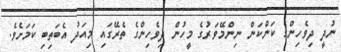
ނުދީ ދިވެހިންގެ ކަންކަން ނިންމޭވަރުގެ މީހުން ދިވެހިންގެ ތެރޭގައި މިއަދު އެބަތިބި ކަމަށެވެ.